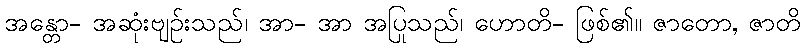
အန္တော- အဆုံးဗျဉ်းသည်၊ အာ- အာ အပြုသည်၊ ဟောတိ- ဖြစ်၏။ ဇာတော, ဇာတိ